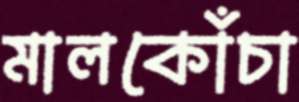
মালকোঁচা